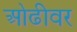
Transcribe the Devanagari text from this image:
ओढीवर